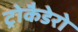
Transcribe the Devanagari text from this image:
ट्रोकैडेरो